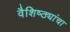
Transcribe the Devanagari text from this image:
वैशिष्ठ्यांचा